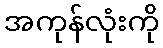
အကုန်လုံးကို